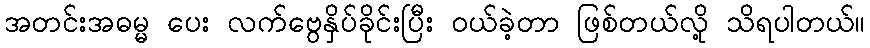
အတင်းအဓမ္မ ပေး လက်ဗွေနှိပ်ခိုင်းပြီး ၀ယ်ခဲ့တာ ဖြစ်တယ်လို့ သိရပါတယ်။